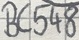
Text: BC548